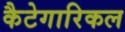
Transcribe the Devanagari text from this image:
कैटेगारिकल